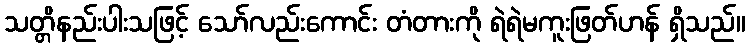
သတ္တိနည်းပါးသဖြင့် သော်လည်းကောင်း တံတားကို ရဲရဲမကူးဖြတ်ဟန် ရှိသည်။